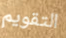
التقويم